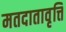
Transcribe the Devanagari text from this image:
मतदातावृत्ति